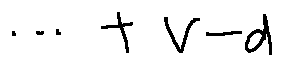
\cdots + V - d